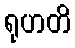
ရုဟတိ